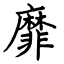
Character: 靡